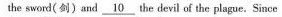
the sword( 剑)and \underline{10} the devil of the plague.Since